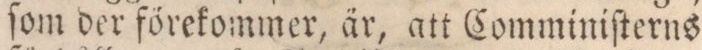
ſom der förekommer, är, att Comminiſterns